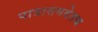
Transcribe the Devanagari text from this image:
पात्रासमवेतच